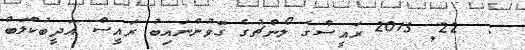
:  22